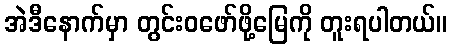
အဲဒီနောက်မှာ တွင်းဝဖော်ဖို့မြေကို တူးရပါတယ်။